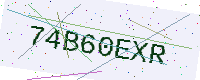
Text: 74B60EXR